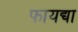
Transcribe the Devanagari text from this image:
फायद्या